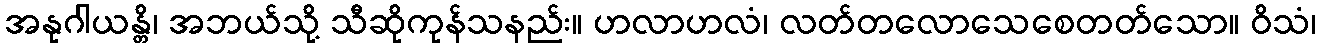
အနုဂါယန္တိ၊ အဘယ်သို့ သီဆိုကုန်သနည်း။ ဟလာဟလံ၊ လတ်တလောသေစေတတ်သော။ ဝိသံ၊